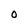
Character: O